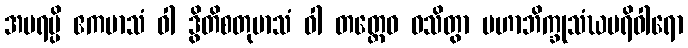
အပရမ္ပိ ဧကမာသံ ဝါ ဒွိတိစတုမာသံ ဝါ တတ္ထေဝ ဝသိတွာ မဟာဘိက္ခုသံဃပရိဝါရော